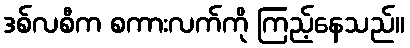
ဒစ်လစီက စကားလက်ကို ကြည့်နေသည်။